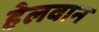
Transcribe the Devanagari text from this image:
हेलवान